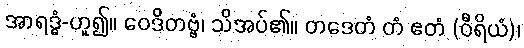
အာရဒ္ဓံ-ဟူ၍။ ဝေဒိတဗ္ဗံ၊ သိအပ်၏။ တဒေတံ တံ ဧတံ (ဝီရိယံ)၊